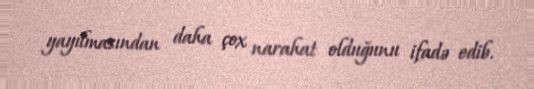
yayılmasından daha çox narahat olduğunu ifadə edib.